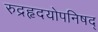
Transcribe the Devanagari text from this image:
रुद्रहृदयोपनिषद्